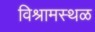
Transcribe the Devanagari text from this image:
विश्रामस्थळ